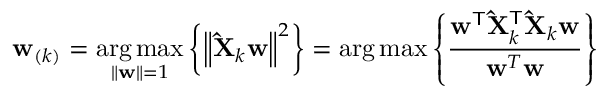
\mathbf { w } _ { ( k ) } = \mathop { \operatorname { a r g \, m a x } } _ { \left\| \mathbf { w } \right\| = 1 } \left\{ \left\| \mathbf { \hat { X } } _ { k } \mathbf { w } \right\| ^ { 2 } \right\} = \arg \operatorname* { m a x } \left\{ { \frac { \mathbf { w } ^ { \mathsf { T } } \mathbf { \hat { X } } _ { k } ^ { \mathsf { T } } \mathbf { \hat { X } } _ { k } \mathbf { w } } { \mathbf { w } ^ { T } \mathbf { w } } } \right\}